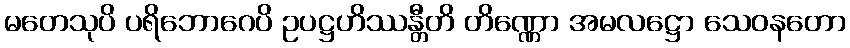
မတေသုပိ ပရိဘောဂေပိ ဥပဋ္ဌဟိဿန္တီတိ တိဏ္ဏော အမလဋ္ဌော သေဝနတော